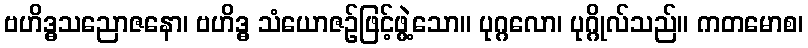
ဗဟိဒ္ဓသညောဇနော၊ ဗဟိဒ္ဓ သံယောဇဉ်ဖြင့်ဖွဲ့သော။ ပုဂ္ဂလော၊ ပုဂ္ဂိုလ်သည်။ ကတမောစ၊